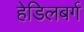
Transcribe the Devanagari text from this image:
हेडिलबर्ग